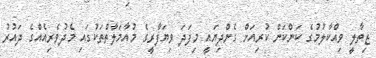
ޒިތާލީ ވިއްކާލުމުގެ ކަންކަން ކުރިއަށް ގެންދިޔައީ މިފަދަ ވިޔަފާރީގެ މުއާމަލާތްތަކުގައި މެދުވެރިއެއްގެ ދައުރު